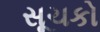
સૂચકો